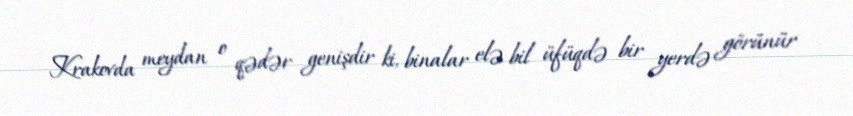
Krakovda meydan o qədər genişdir ki, binalar elə bil üfüqdə bir yerdə görünür